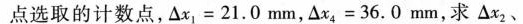
点选取的计数点，$$△ x _ { 1 } = 2 1 . 0 m m$$，$$△ x _ { 4 } = 3 6 . 0 m m$$，求△x_{2}、